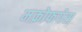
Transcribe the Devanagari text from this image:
मक्रोफगेस